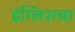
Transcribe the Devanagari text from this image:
इंग्लिशचा